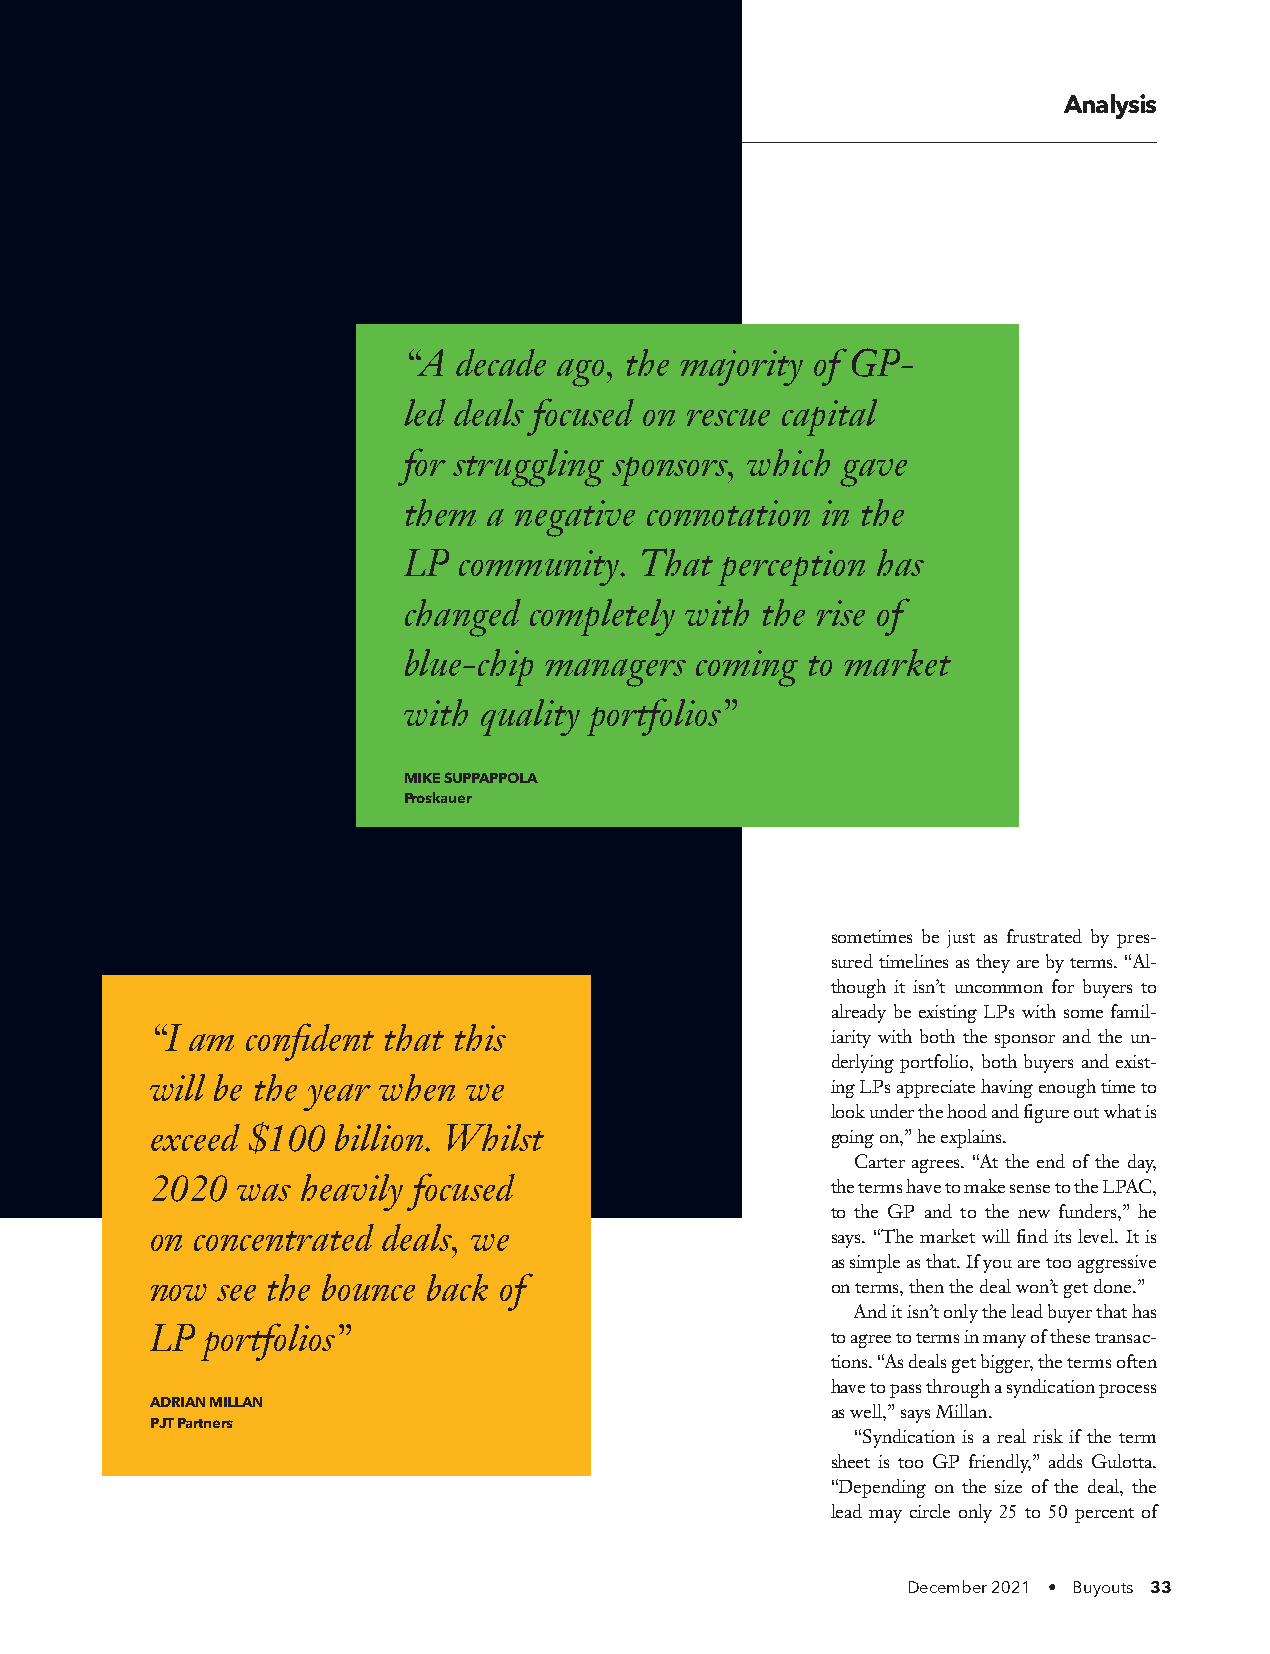
Analysis
 “A decade ago, the majority of GP-
 led deals focused on rescue capital
 for struggling sponsors, which gave
 them a negative connotation in the
 LP community.  That  perception has
 changed completely with the rise of
 blue-chip managers coming to market
 with quality portfolios”
 MIKE SUPPAPPOLA
 Proskauer
 sometimes be just as frustrated by pres-
 sured timelines as they are by terms. “Al-
 though it isn’t uncommon for buyers to
 already be existing LPs with some famil-
 “I am confident that this                    iarity with both the sponsor and the un-
 derlying portfolio, both buyers and exist-
 will be the year when we                     ing LPs appreciate having enough time to
 look under the hood and figure out what is
 exceed $100 billion. Whilst                  going on,” he explains.
 Carter agrees. “At the end of the day,
 2020  was heavily focused                    the terms have to make sense to the LPAC,
 to the GP and to the new funders,” he
 on concentrated deals, we                    says. “The market will find its level. It is
 as simple as that. If you are too aggressive
 now see the bounce back of                   on terms, then the deal won’t get done.”
 And it isn’t only the lead buyer that has
 LP  portfolios”                              to agree to terms in many of these transac-
 tions. “As deals get bigger, the terms often
 have to pass through a syndication process
 ADRIAN MILLAN
 as well,” says Millan.
 PJT Partners
 “Syndication is a real risk if the term
 sheet is too GP friendly,” adds Gulotta.
 “Depending on the size of the deal, the
 lead may circle only 25 to 50 percent of
 December 2021 • Buyouts 33